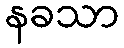
နခသာ